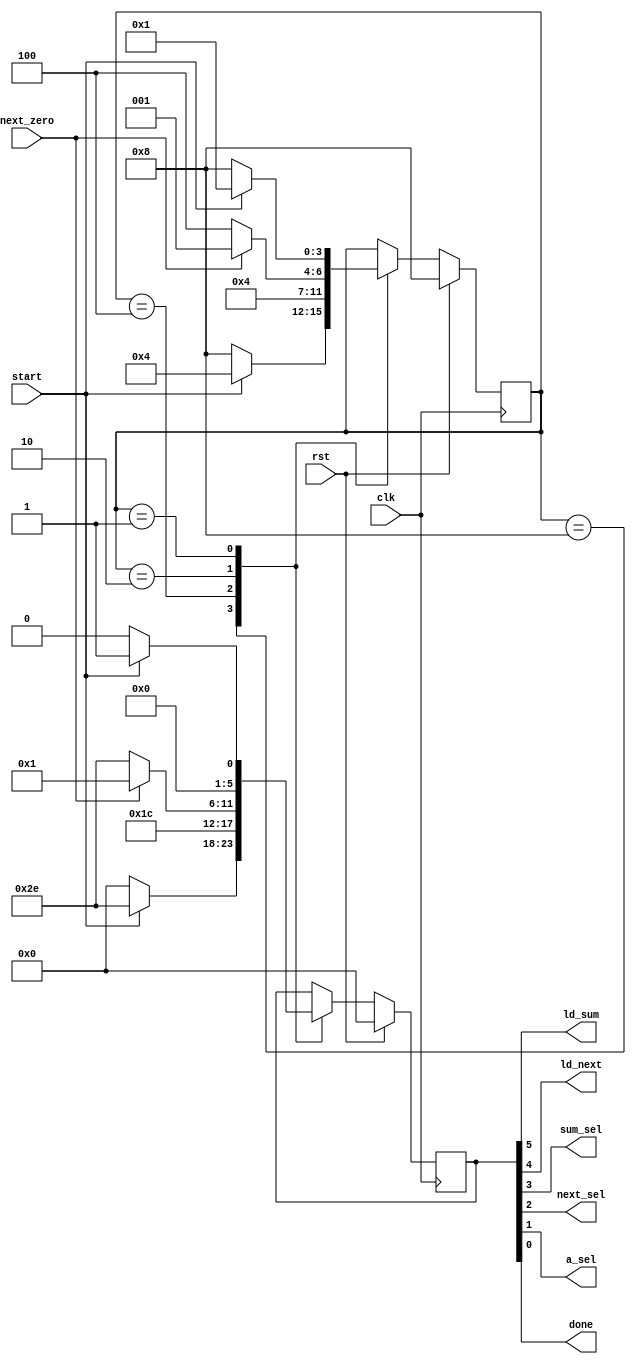
`timescale 1ns / 1ps
//////////////////////////////////////////////////////////////////////////////////
//
// HUST Verilog Experiment 4 and 5 FSM controller
//
// Pan Yue
//
//////////////////////////////////////////////////////////////////////////////////

module fsm_controller(clk, rst, start, next_zero, ld_sum, ld_next, sum_sel, next_sel, a_sel, done);
  parameter START = 4'b1000;
  parameter COMPUTE_SUM = 4'b0100;
  parameter GET_NEXT = 4'b0010;
  parameter DONE = 4'b0001;

  input clk;
  input rst, start;
  input next_zero;
  output ld_sum, ld_next;
  output sum_sel, next_sel;
  output a_sel;
  output done;

  reg [3:0] state;
  reg [5:0] output_value;

  assign {ld_sum, ld_next, sum_sel, next_sel, a_sel, done} = output_value;

initial begin
  state <= START;
  output_value <= 6'b000000;
end

always @(posedge clk) begin
  if (rst) begin
    state <= START;
    output_value <= 6'b000000;
  end
  else begin
    case (state)
      START:begin
        if (start == 0) begin
          state <= START;
          output_value <= 6'b000000;
        end
        else if (start == 1) begin
          state <= COMPUTE_SUM;
          output_value <= 6'b101110;
        end
      end
      COMPUTE_SUM:begin
        state <= GET_NEXT;
        output_value <= 6'b011100;
      end
      GET_NEXT:begin
        if (next_zero == 0) begin
          state <= COMPUTE_SUM;
          output_value <= 6'b101110;
        end
        else if (next_zero == 1) begin
          state <= DONE;
          output_value <= 6'b000001;
        end
      end
      DONE:begin
        if (start == 0) begin
          state <= START;
          output_value <= 6'b000000;
        end
        else if (start == 1) begin
          state <= DONE;
          output_value <= 6'b000001;
        end
      end
  	endcase
  end
end
endmodule